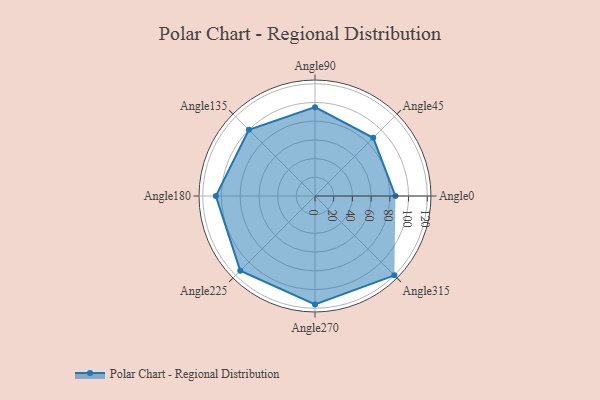
{"axis": {"x": "Angle", "y": "Radius"}, "legend": [""], "data": [{"x": "Angle0", "y": 86.0, "type": ""}, {"x": "Angle45", "y": 88.0, "type": ""}, {"x": "Angle90", "y": 95.0, "type": ""}, {"x": "Angle135", "y": 100.0, "type": ""}, {"x": "Angle180", "y": 106.0, "type": ""}, {"x": "Angle225", "y": 113.0, "type": ""}, {"x": "Angle270", "y": 116.0, "type": ""}, {"x": "Angle315", "y": 120.0, "type": ""}]}